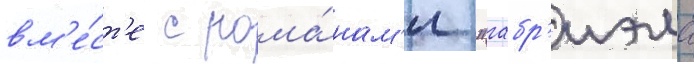
вм'е́ст'е с рома́нам'и "габр'иэла